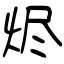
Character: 烬